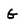
Character: G